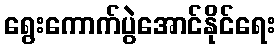
ရွေးကောက်ပွဲအောင်နိုင်ရေး